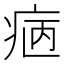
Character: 𤵿